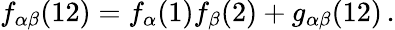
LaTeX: f_{\alpha\beta}(12)=f_{\alpha}(1)f_{\beta}(2)+g_{\alpha\beta}(12)\, .